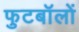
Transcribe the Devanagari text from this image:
फुटबॉलों